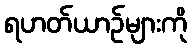
ရဟတ်ယာဉ်များကို